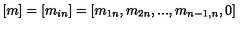
[ m ] = [ m _ { i n } ] = [ m _ { 1 n } , m _ { 2 n } , . . . , m _ { { n - 1 } , n } , 0 ]